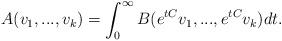
LaTeX: \begin{align*}A(v_1,...,v_k)=\int_0^\infty B(e^{tC}v_1,...,e^{tC}v_k) dt.\end{align*}